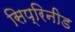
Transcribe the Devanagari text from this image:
सिप्रिनीड